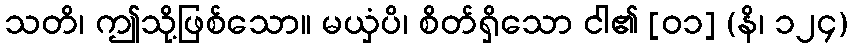
သတိ၊ ဤသို့ဖြစ်သော။ မယှံပိ၊ စိတ်ရှိသော ငါ၏ [၀၁] (နိ၊ ၁၂၄)